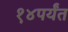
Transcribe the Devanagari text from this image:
१४पर्यंत